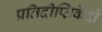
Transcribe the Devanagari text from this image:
प्रतिदीप्तिकेंद्रों